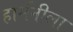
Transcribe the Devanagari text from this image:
हार्मनीला